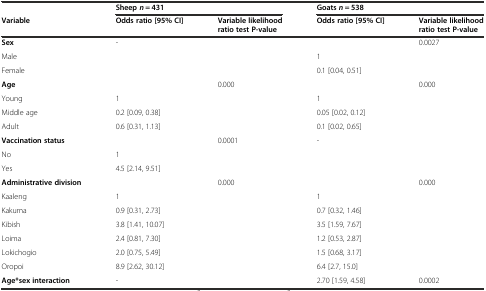
<table><thead><tr><td></td><td colspan="2"><b>Sheep<i>n</i> = 431</b></td><td colspan="2"><b>Goats<i>n</i> = 538</b></td></tr><tr><td><b>Variable</b></td><td><b>Odds ratio [95% CI]</b></td><td><b>Variable likelihood ratio test P-value</b></td><td><b>Odds ratio [95% CI]</b></td><td><b>Variable likelihood ratio test P-value</b></td></tr></thead><tbody><tr><td><b>Sex</b></td><td>-</td><td></td><td></td><td>0.0027</td></tr><tr><td>Male</td><td></td><td></td><td>1</td><td></td></tr><tr><td>Female</td><td></td><td></td><td>0.1 [0.04, 0.51]</td><td></td></tr><tr><td><b>Age</b></td><td></td><td>0.000</td><td></td><td>0.000</td></tr><tr><td>Young</td><td>1</td><td></td><td>1</td><td></td></tr><tr><td>Middle age</td><td>0.2 [0.09, 0.38]</td><td></td><td>0.05 [0.02, 0.12]</td><td></td></tr><tr><td>Adult</td><td>0.6 [0.31, 1.13]</td><td></td><td>0.1 [0.02, 0.65]</td><td></td></tr><tr><td><b>Vaccination status</b></td><td></td><td>0.0001</td><td>-</td><td></td></tr><tr><td>No</td><td>1</td><td></td><td></td><td></td></tr><tr><td>Yes</td><td>4.5 [2.14, 9.51]</td><td></td><td></td><td></td></tr><tr><td><b>Administrative division</b></td><td></td><td>0.000</td><td></td><td>0.000</td></tr><tr><td>Kaaleng</td><td>1</td><td></td><td>1</td><td></td></tr><tr><td>Kakuma</td><td>0.9 [0.31, 2.73]</td><td></td><td>0.7 [0.32, 1.46]</td><td></td></tr><tr><td>Kibish</td><td>3.8 [1.41, 10.07]</td><td></td><td>3.5 [1.59, 7.67]</td><td></td></tr><tr><td>Loima</td><td>2.4 [0.81, 7.30]</td><td></td><td>1.2 [0.53, 2.87]</td><td></td></tr><tr><td>Lokichogio</td><td>2.0 [0.75, 5.49]</td><td></td><td>1.5 [0.68, 3.17]</td><td></td></tr><tr><td>Oropoi</td><td>8.9 [2.62, 30.12]</td><td></td><td>6.4 [2.7, 15.0]</td><td></td></tr><tr><td><b>Age*sex interaction</b></td><td>-</td><td></td><td>2.70 [1.59, 4.58]</td><td>0.0002</td></tr></tbody></table>